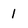
Character: 1